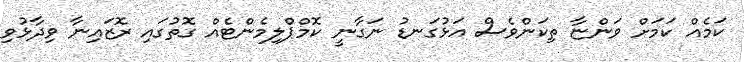
ކަަމެއް ކަމަށް ވަންޏާ ތިކަންވެސް އަޅުގަނޑު ނަގާނީ ކޮމްޕްލިމެންޓެއް ގޮތުގައި ރޮޒައިނާ ވިދާޅުވި